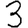
Digit: 3